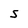
Character: S